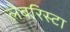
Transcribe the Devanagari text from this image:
लेबरिस्टा